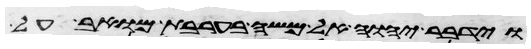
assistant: וידבר יהוה אל משה בערבת מואב על